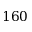
1 6 0